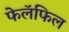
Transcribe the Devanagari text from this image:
फेलॅफिल